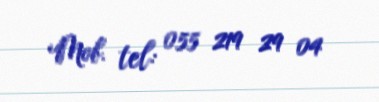
Mob. tel: 055 219 29 04